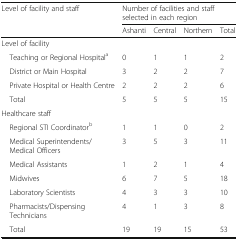
<table><thead><tr><td rowspan="2"><b>Level of facility and staff</b></td><td colspan="4"><b>Number of facilities and staff selected in each region</b></td></tr><tr><td><b>Ashanti</b></td><td><b>Central</b></td><td><b>Northern</b></td><td><b>Total</b></td></tr></thead><tbody><tr><td colspan="5">Level of facility</td></tr><tr><td> Teaching or Regional Hospital<sup>a</sup></td><td>0</td><td>1</td><td>1</td><td>2</td></tr><tr><td> District or Main Hospital</td><td>3</td><td>2</td><td>2</td><td>7</td></tr><tr><td> Private Hospital or Health Centre</td><td>2</td><td>2</td><td>2</td><td>6</td></tr><tr><td> Total</td><td>5</td><td>5</td><td>5</td><td>15</td></tr><tr><td colspan="5">Healthcare staff</td></tr><tr><td> Regional STI Coordinator<sup>b</sup></td><td>1</td><td>1</td><td>0</td><td>2</td></tr><tr><td> Medical Superintendents/Medical Officers</td><td>3</td><td>5</td><td>3</td><td>11</td></tr><tr><td> Medical Assistants</td><td>1</td><td>2</td><td>1</td><td>4</td></tr><tr><td> Midwives</td><td>6</td><td>7</td><td>5</td><td>18</td></tr><tr><td> Laboratory Scientists</td><td>4</td><td>3</td><td>3</td><td>10</td></tr><tr><td> Pharmacists/Dispensing Technicians</td><td>4</td><td>1</td><td>3</td><td>8</td></tr><tr><td> Total</td><td>19</td><td>19</td><td>15</td><td>53</td></tr></tbody></table>